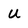
Character: u